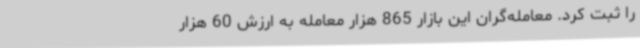
را ثبت کرد. معامله‌گران این بازار 865 هزار معامله به ارزش 60 هزار